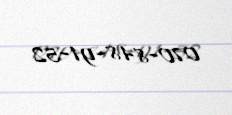
070-848-91-52